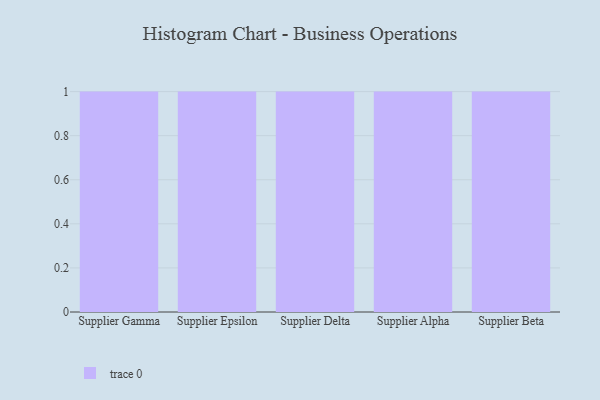
{"axis": {"x": "Supplier", "y": "Latency (ms)"}, "legend": [""], "data": [{"x": "Supplier Gamma", "y": 85, "type": ""}, {"x": "Supplier Epsilon", "y": 90, "type": ""}, {"x": "Supplier Delta", "y": 61, "type": ""}, {"x": "Supplier Alpha", "y": 62, "type": ""}, {"x": "Supplier Beta", "y": 75, "type": ""}]}